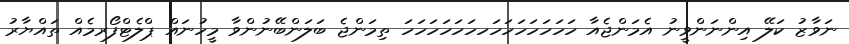
ނަވާޒު ކަލޭ އިންނަންވީނު އެމަންޖެއާ ހަހަހަހަހަހަހަހހަަހަހަހަހަހަ ތިމަންޖެ ބަލަންބޭނުންވާ މީހުނައް ޕްލެޓްފޯރމެއް ތައްޔާރު